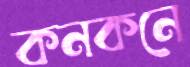
কনকনে